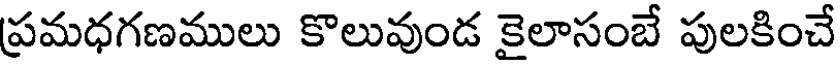
ప్రమధగణములు కొలువుండ కైలాసంబే పులకించే